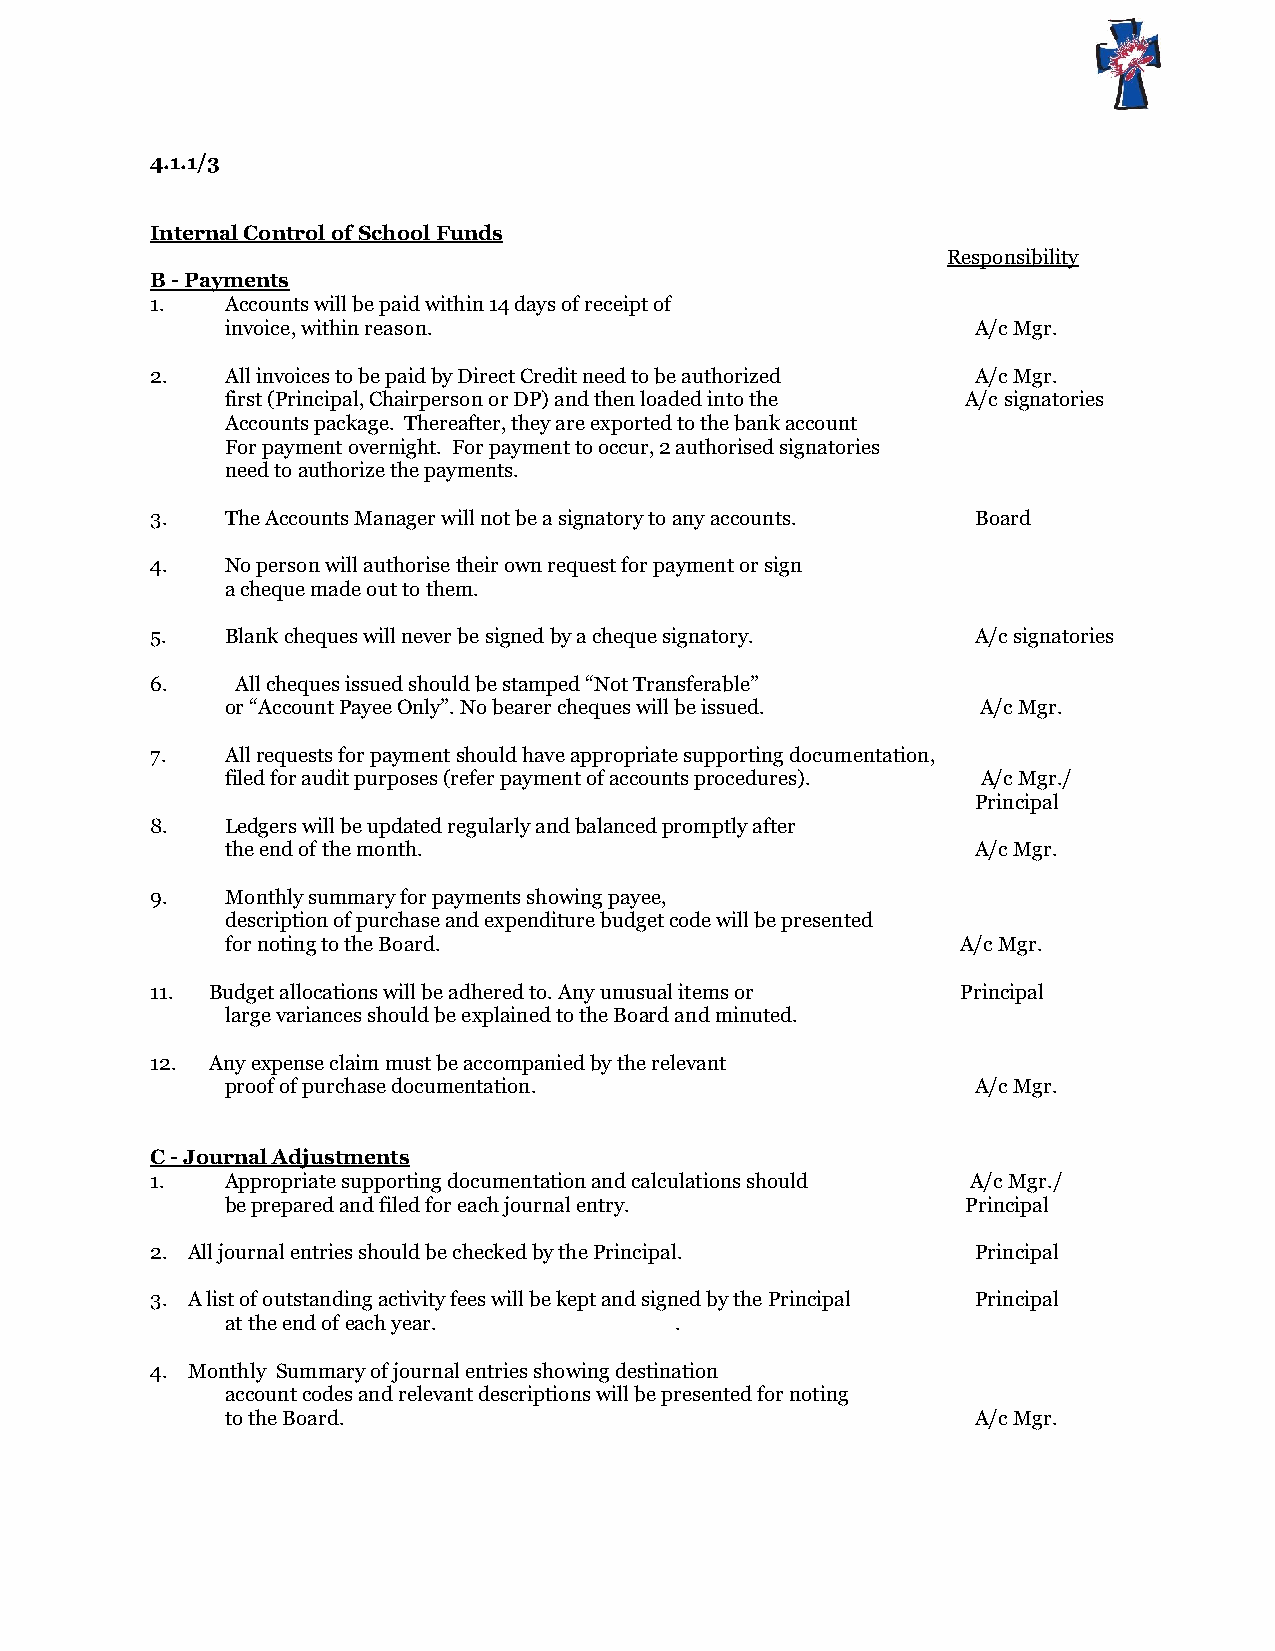
4.1.1/3
 Internal Control of School Funds
 Responsibility
 B - Payments
 1.   Accounts will be paid within 14 days of receipt of
 invoice, within reason.                           A/c Mgr.
 2.   All invoices to be paid by Direct Credit need to be authorized A/c Mgr.
 first (Principal, Chairperson or DP) and then loaded into the A/c signatories
 Accounts package. Thereafter, they are exported to the bank account
 For payment overnight. For payment to occur, 2 authorised signatories
 need to authorize the payments.
 3.   The Accounts Manager will not be a signatory to any accounts. Board
 4.   No person will authorise their own request for payment or sign
 a cheque made out to them.
 5.   Blank cheques will never be signed by a cheque signatory. A/c signatories
 6.    All cheques issued should be stamped “Not Transferable”
 or “Account Payee Only”. No bearer cheques will be issued. A/c Mgr.
 7.   All requests for payment should have appropriate supporting documentation,
 filed for audit purposes (refer payment of accounts procedures). A/c Mgr./
 Principal
 8.   Ledgers will be updated regularly and balanced promptly after
 the end of the month.                             A/c Mgr.
 9.   Monthly summary for payments showing payee,
 description of purchase and expenditure budget code will be presented
 for noting to the Board.                         A/c Mgr.
 11. Budget allocations will be adhered to. Any unusual items or Principal
 large variances should be explained to the Board and minuted.
 12. Any expense claim must be accompanied by the relevant
 proof of purchase documentation.                  A/c Mgr.
 C - Journal Adjustments
 1.   Appropriate supporting documentation and calculations should A/c Mgr./
 be prepared and filed for each journal entry.    Principal
 2. All journal entries should be checked by the Principal. Principal
 3. A list of outstanding activity fees will be kept and signed by the Principal Principal
 at the end of each year.      .
 4. Monthly Summary of journal entries showing destination
 account codes and relevant descriptions will be presented for noting
 to the Board.                                     A/c Mgr.